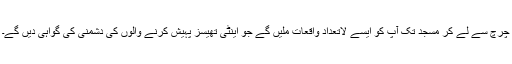
چرچ سے لے کر مسجد تک آپ کو ایسے لاتعداد واقعات ملیں گے جو اینٹی تھیسز پہیش کرنے والوں کی دشمنی کی گواہی دیں گے۔